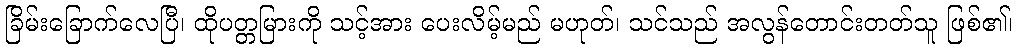
ခြိမ်းခြောက်လေပြီ၊ ထိုပတ္တမြားကို သင့်အား ပေးလိမ့်မည် မဟုတ်၊ သင်သည် အလွန်တောင်းတတ်သူ ဖြစ်၏၊